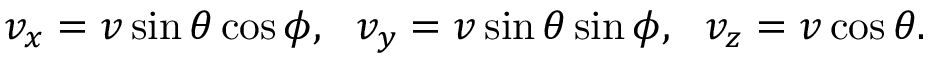
\begin{array} { r } { v _ { x } = v \sin \theta \cos \phi , ~ ~ v _ { y } = v \sin \theta \sin \phi , ~ ~ v _ { z } = v \cos \theta . } \end{array}